Tartu_Linna_ja_Maakonna_Kaitseliit, lk 97
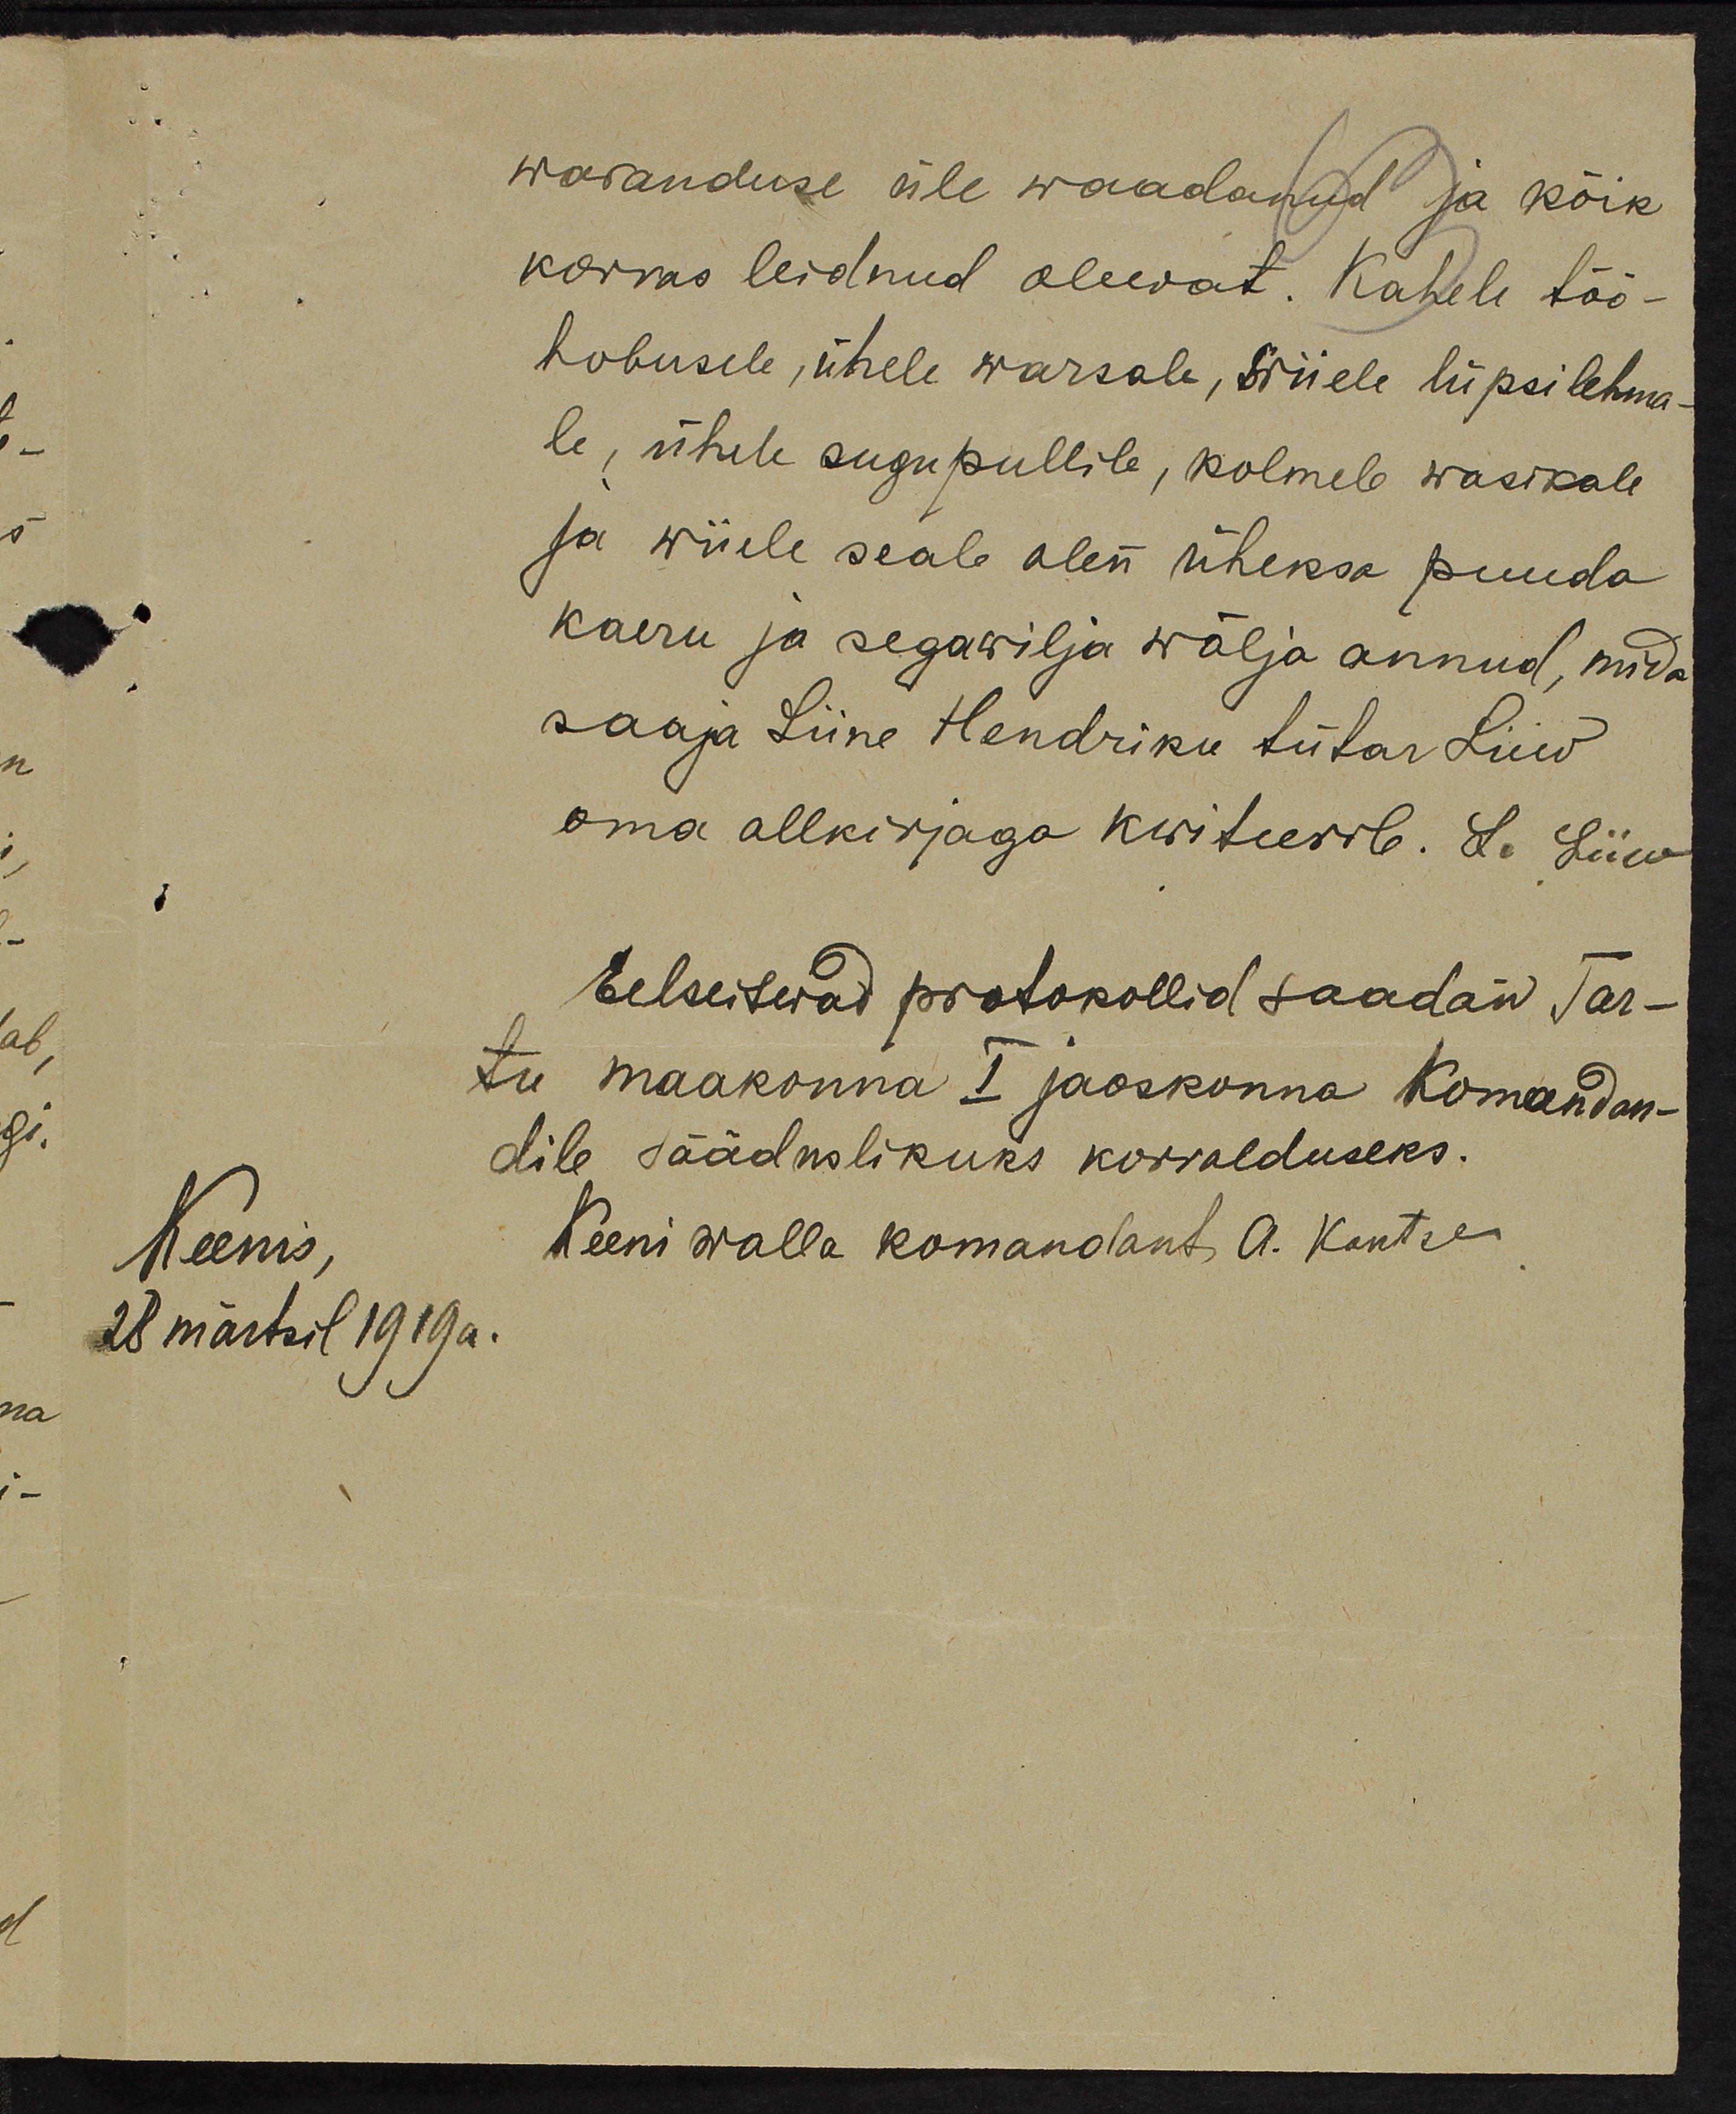
waranduse üle waadanud ja kõik
korras leidnud olewat. Kahele töö-
hobusele, ühele warsale, wiiele lüpsilehma-
le, ühele sugupullile, kolmele wasikale
Ja wiiele seale olen üheksa puuda
kaeru ja segawilja wälja annud, mida
saaja Liine Hendriku tütar Liiw
oma allkirjaga kwiteerib. L. Liiw
Eelseiswad protokollid saadan Tar-
tu maakonna I jaoskonna Komandan-
dile sääduslikuks korralduseks.
Keenis,
Keeni walla komandant A. Kanter
28 märtsil 1919a.